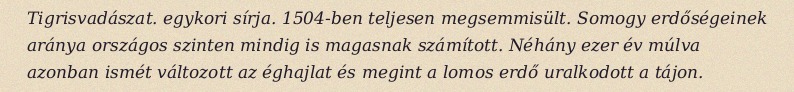
Tigrisvadászat. egykori sírja. 1504-ben teljesen megsemmisült. Somogy erdőségeinek aránya országos szinten mindig is magasnak számított. Néhány ezer év múlva azonban ismét változott az éghajlat és megint a lomos erdő uralkodott a tájon.